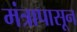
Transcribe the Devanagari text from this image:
मंत्रापासून